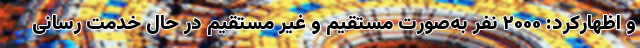
و اظهارکرد: ۲۰۰۰ نفر به‌صورت مستقیم و غیر مستقیم در حال خدمت رسانی